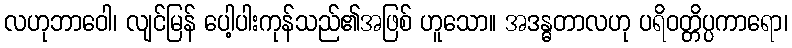
လဟုဘာဝေါ၊ လျင်မြန် ပေါ့ပါးကုန်သည်၏အဖြစ် ဟူသော။ အဒန္ဓတာလဟု ပရိဝတ္တိပ္ပကာရော၊